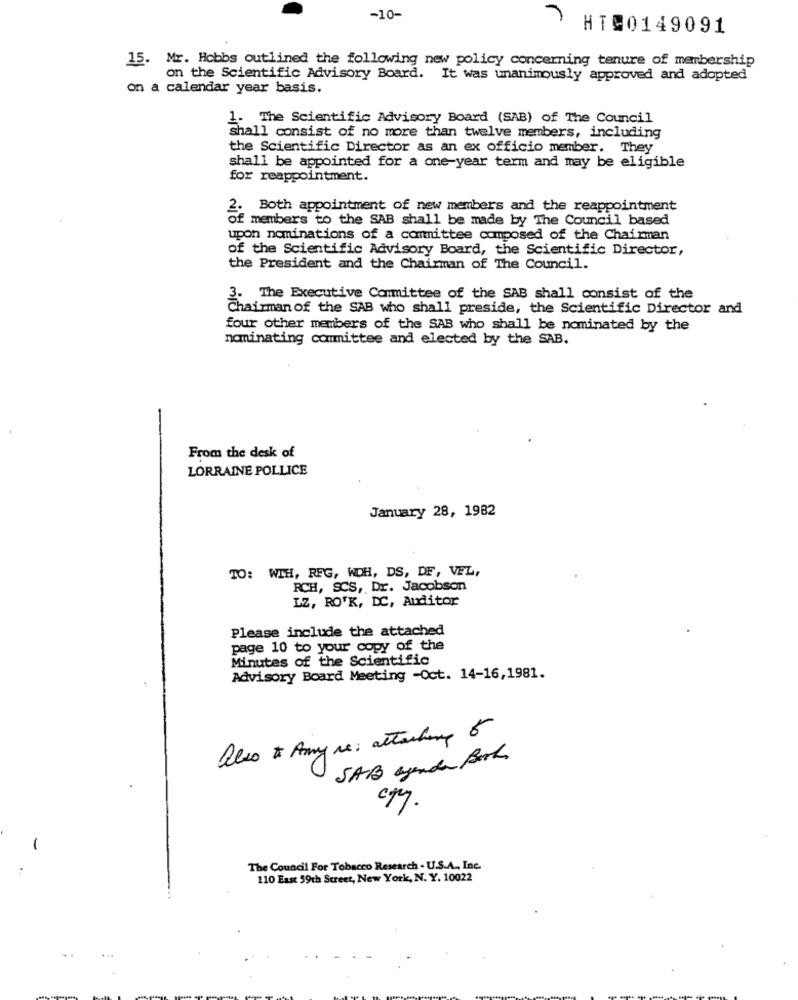
-10-
HT90149091
15. Mr. Hobbs outlined the following new policy concerning tenure of membership
on the Scientific Advisory Board. It was unanimously approved and adopted
on a calendar year basis.
1. The Scientific Advisory Board (SAB) of The Council
shall consist of no more than twelve members, including
the Scientific Director as an ex officio member. They
shall be appointed for a one-year term and may be eligible
for reappointment.
. Both appointment of new members and the reappointment
of members to the SAB shall be made by The Council based
upon nominations of a committee composed of the Chairman
of the Scientific Advisory Board, the Scientific Director,
the President and the Chairman of The Council.
3. The Executive Committee of the SAB shall consist of the
Chairman of the SAB who shall preside, the Scientific Director and
four other members of the SAB who shall be nominated by the
nominating committee and elected by the SAB.
From the desk of
LORRAINE POLLICE
January 28, 1982
TO: WIH, REG, WCH, DS, DF, VEL,
RCH, SCS, Dr. Jacobson
LZ, ROTK, DC, Auditor
Please include the attached
page 10 to your copy of the
Minutes of the Scientific
Advisory Board Meeting -Oct. 14-16,1981.
also to Anyre: attaching 6
SAB agenda Book
egy.
The Council For Tobacco Research - U.S.A ., Inc.
110 East 59th Street, New York, N. Y. 10022